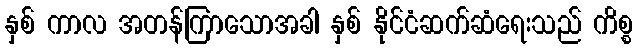
နှစ် ကာလ အတန်ကြာသောအခါ နှစ် နိုင်ငံဆက်ဆံရေးသည် ကိစ္စ